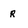
Character: r